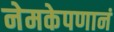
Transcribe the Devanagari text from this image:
नेमकेपणानं